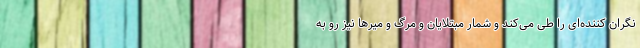
نگران کننده‌ای را طی می‌کند و شمار مبتلایان و مرگ و میرها نیز رو به